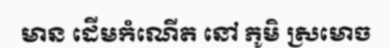
មាន ដើមកំណើត នៅ ភូមិ ស្រមោច